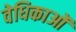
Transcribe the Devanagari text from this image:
वेधिकाओं